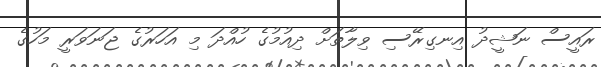
ރައީސް ނަޝީދު އިނގިރޭސި ވިލާތަށް ދިއުމުގެ ހުއްދަ މި އަހަރުގެ ޖަނަވަރީ މަހުގެ